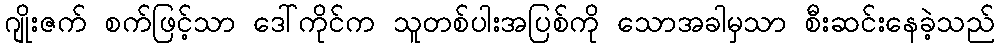
ဂျိုးဇက် စက်ဖြင့်သာ ဒေါ်ကိုင်က သူတစ်ပါးအပြစ်ကို သောအခါမှသာ စီးဆင်းနေခဲ့သည်